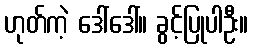
ဟုတ်ကဲ့ ဒေါ်ဒေါ်။ ခွင့်ပြုပါဦး။